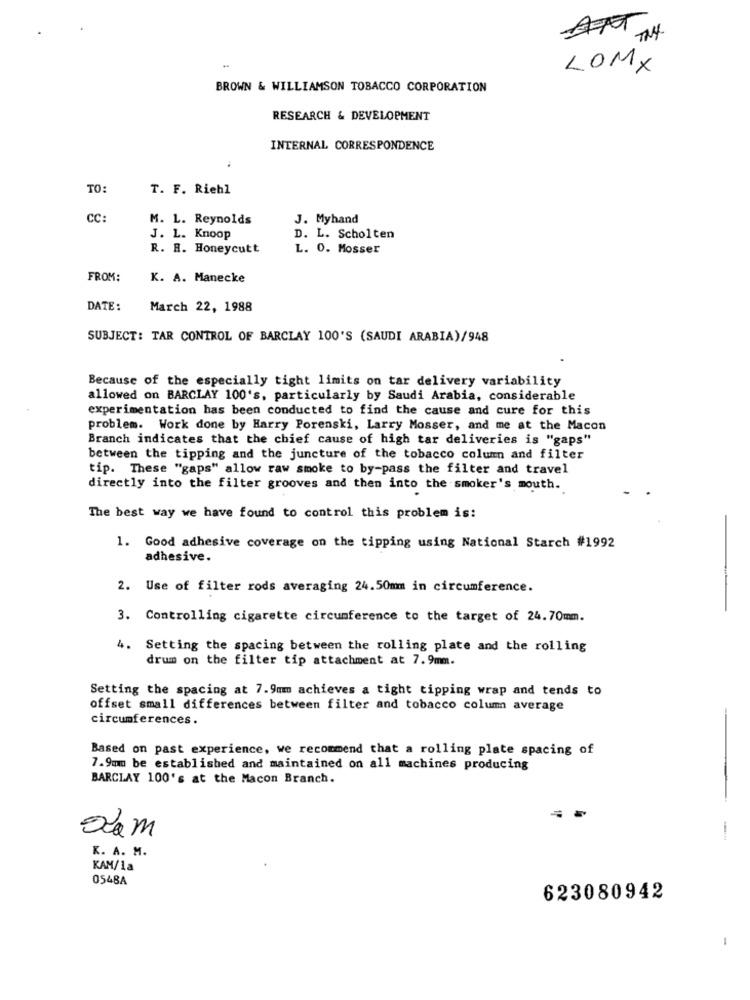
LOMX
BROWN & WILLIAMSON TOBACCO CORPORATION
RESEARCH & DEVELOPMENT
INTERNAL CORRESPONDENCE
TO:
T. F. Riehl
CC:
M. L. Reynolds
J. Myhand
J. L. Knoop
D. L. Scholten
R. R. Honeycutt
L. O. Mosser
FROM:
K. A. Manecke
DATE:
March 22, 1988
SUBJECT: TAR CONTROL OF BARCLAY 100'S (SAUDI ARABIA)/948
Because of the especially tight limits on tar delivery variability
allowed on BARCLAY 100's, particularly by Saudi Arabia, considerable
experimentation has been conducted to find the cause and cure for this
problem. Work done by Harry Porenski, Larry Mosser, and me at the Macon
Branch indicates that the chief cause of high tar deliveries is "gaps"
between the tipping and the juncture of the tobacco colum and filter
tip. These "gaps" allow raw smoke to by-pass the filter and travel
directly into the filter grooves and then into the smoker's mouth.
The best way we have found to control this problem is:
1. Good adhesive coverage on the tipping using National Starch #1992
adhesive.
2. Use of filter rods averaging 24.50mm in circumference.
3. Controlling cigarette circumference to the target of 24.70mm.
4. Setting the spacing between the rolling plate and the rolling
drum on the filter tip attachment at 7.9mm.
Setting the spacing at 7.9mm achieves a tight tipping wrap and tends to
offset small differences between filter and tobacco column average
circumferences.
-
Based on past experience, we recommend that a rolling plate spacing of
7.9mm be established and maintained on all machines producing
BARCLAY 100's at the Macon Branch.
Scam
K. A. M.
KAM/1a
0548A
623080942